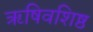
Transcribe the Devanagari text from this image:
ॠषिवशिष्ठ